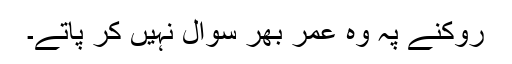
روکنے پہ وہ عمر بھر سوال نہیں کر پاتے۔